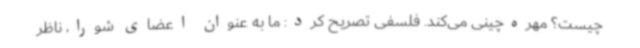
چیست؟ مهره‌چینی می‌کند. فلسفی تصریح کرد: ما به عنوان اعضای شورا، ناظر